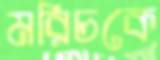
মরিচকে